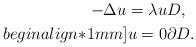
LaTeX: \begin{align*}-\Delta u=\lambda u & D,\\begin{align*}1mm] u = 0 & \partial D.\end{align*}